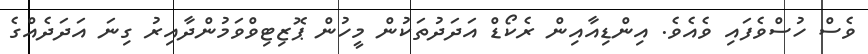
ވެސް ހުސްވެފައި ވެއެވެ. އިންޑިއާއިން ރެކޯޑް އަދަދުތަކުން މީހުން ޕޮޒިޓިވްވަމުންދާއިރު ގިނަ އަދަދެއްގެ